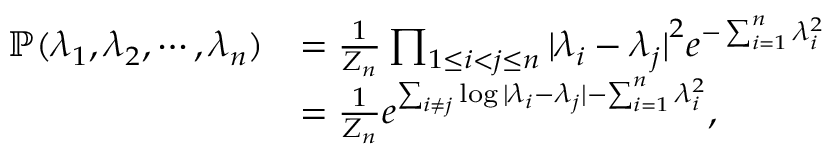
\begin{array} { r l } { \mathbb { P } ( \lambda _ { 1 } , \lambda _ { 2 } , \cdots , \lambda _ { n } ) } & { = \frac { 1 } { Z _ { n } } \prod _ { 1 \leq i < j \leq n } { \vert \lambda _ { i } - \lambda _ { j } \vert } ^ { 2 } e ^ { - \sum _ { i = 1 } ^ { n } \lambda _ { i } ^ { 2 } } } \\ & { = \frac { 1 } { Z _ { n } } e ^ { \sum _ { i \neq j } \log \vert \lambda _ { i } - \lambda _ { j } \vert - \sum _ { i = 1 } ^ { n } \lambda _ { i } ^ { 2 } } , } \end{array}